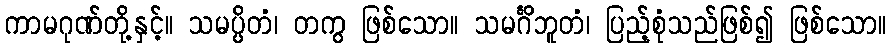
ကာမဂုဏ်တို့နှင့်။ သမပ္ပိတံ၊ တကွ ဖြစ်သော။ သမင်္ဂိဘူတံ၊ ပြည့်စုံသည်ဖြစ်၍ ဖြစ်သော။